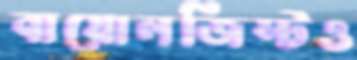
বায়োলজিস্টও